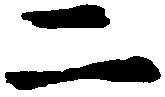
二